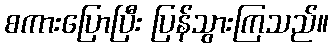
စကားပြောပြီး ပြန်သွားကြသည်။